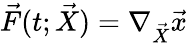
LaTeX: \vec{F}(t;\vec{X})=\nabla_{\vec{X}}\vec{x}